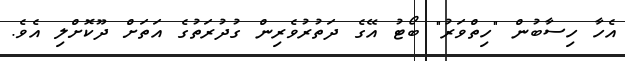
އެހާ ހިސާބުން "ހިތްވަރު" ބޯޓު އޭގެ ދަތުރުވެރިން ގުދުރަތުގެ އަތަށް ދޫކޮށްލި އެވެ.